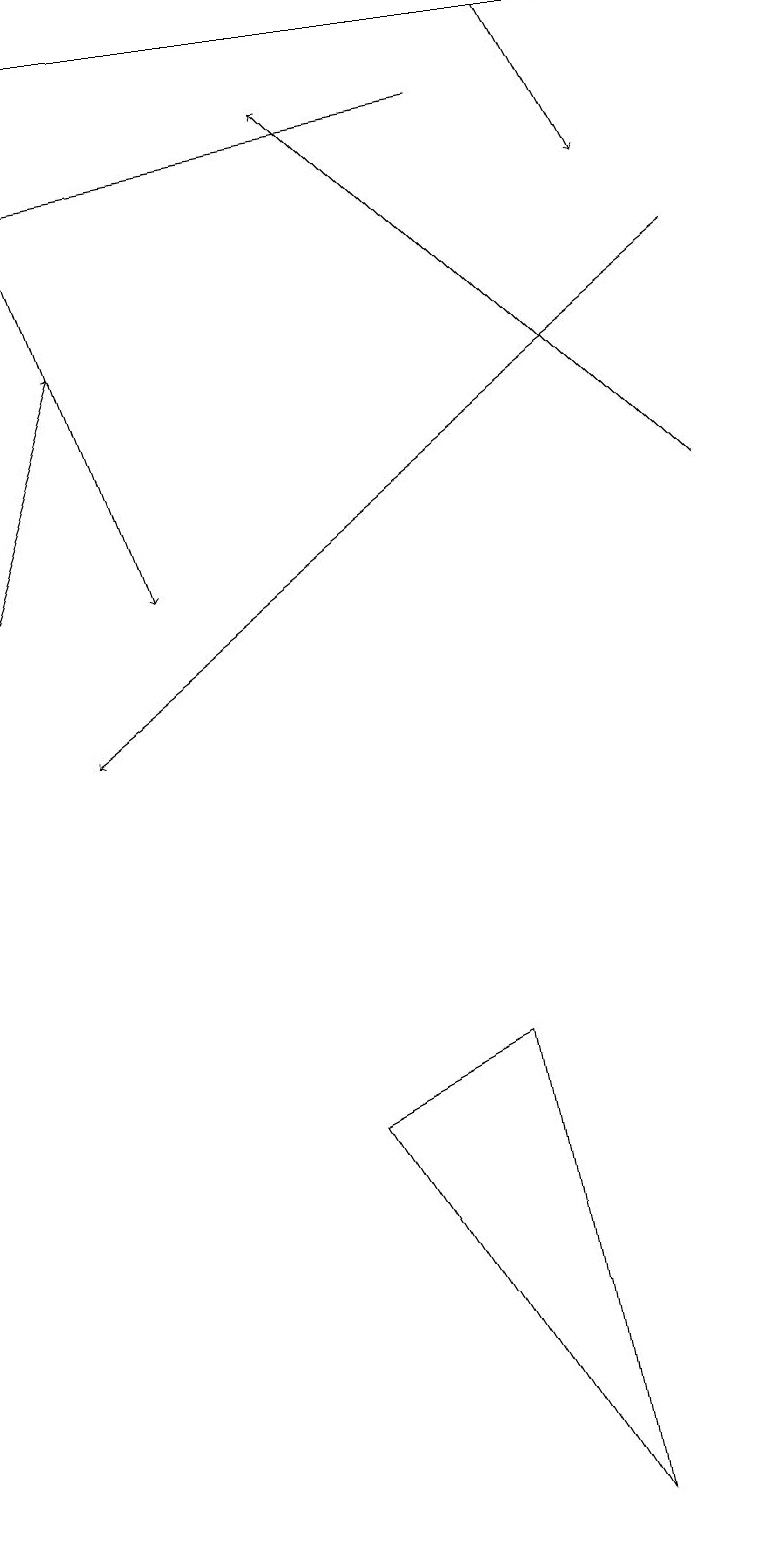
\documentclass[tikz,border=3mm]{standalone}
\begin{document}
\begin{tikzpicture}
\draw[->] (6,18) -- (0,17);
\draw[->] (7,19) -- (8,17);
\draw[->] (9,13) -- (4,18);
\draw[->] (0,12) -- (1,15);
\draw[->] (0,18) -- (2,12);
\draw (4,5) -- (7,0) -- (6,6) -- cycle;
\draw (9,19) rectangle (0,19);
\draw[->] (9,16) -- (1,10);
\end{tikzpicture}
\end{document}